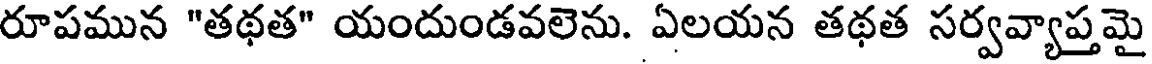
రూపమున "తథత" యందుండవలెను. ఏలయన తథత సర్వవ్యాప్తమై